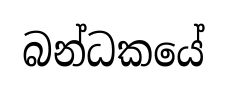
බන්ධකයේ